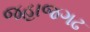
જહાજગઢ